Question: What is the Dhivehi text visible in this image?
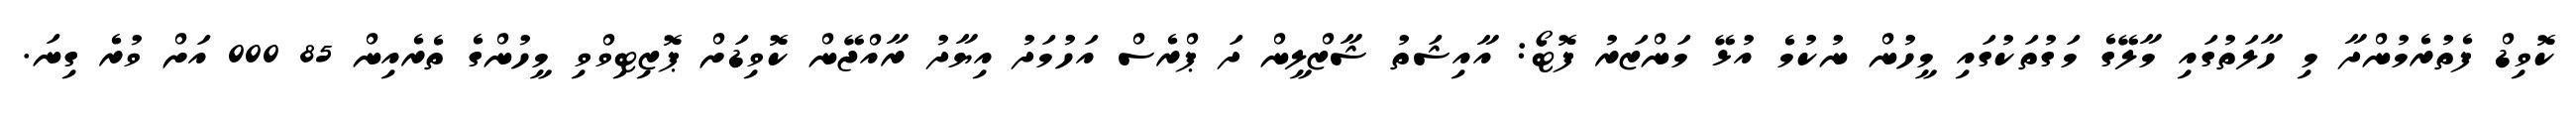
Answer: ކޮވިޑް ފެތުރެމުންދާ މި ހާލަތުގައި މާލޭގެ މަގުތަކުގައި މީހުން ނުކުމެ އުޅޭ މަންޒަރު ފޮޓޯ: އާއިޝަތު ޝާޒްލީން ދަ ޕްރެސް އަހުމަދު އިޔާދު ރާއްޖޭން ކޮވިޑަށް ޕޮޒިޓިވްވި މީހުންގެ ތެރެއިން 85 000 އަށް ވުރެ ގިނަ.